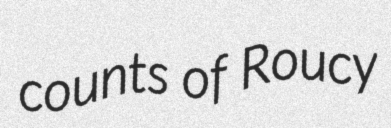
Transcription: counts of Roucy